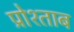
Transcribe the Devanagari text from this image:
प्रोश्ताब